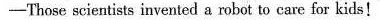
-Those scientists invented a robot to care for kids!